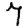
Digit: 7